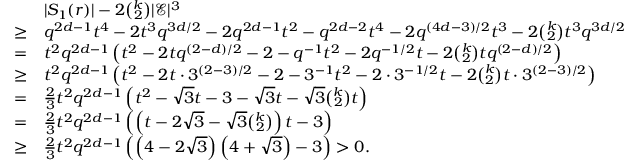
\begin{array} { r l } & { | S _ { 1 } ( r ) | - 2 { \binom { k } { 2 } } | \mathcal { E } | ^ { 3 } } \\ { \geq } & { q ^ { 2 d - 1 } t ^ { 4 } - 2 t ^ { 3 } q ^ { 3 d / 2 } - 2 q ^ { 2 d - 1 } t ^ { 2 } - q ^ { 2 d - 2 } t ^ { 4 } - 2 q ^ { ( 4 d - 3 ) / 2 } t ^ { 3 } - 2 { \binom { k } { 2 } } t ^ { 3 } q ^ { 3 d / 2 } } \\ { = } & { t ^ { 2 } q ^ { 2 d - 1 } \left( t ^ { 2 } - 2 t q ^ { ( 2 - d ) / 2 } - 2 - q ^ { - 1 } t ^ { 2 } - 2 q ^ { - 1 / 2 } t - 2 { \binom { k } { 2 } } t q ^ { ( 2 - d ) / 2 } \right) } \\ { \geq } & { t ^ { 2 } q ^ { 2 d - 1 } \left( t ^ { 2 } - 2 t \cdot 3 ^ { ( 2 - 3 ) / 2 } - 2 - 3 ^ { - 1 } t ^ { 2 } - 2 \cdot 3 ^ { - 1 / 2 } t - 2 { \binom { k } { 2 } } t \cdot 3 ^ { ( 2 - 3 ) / 2 } \right) } \\ { = } & { \frac { 2 } { 3 } t ^ { 2 } q ^ { 2 d - 1 } \left( t ^ { 2 } - \sqrt 3 t - 3 - \sqrt 3 t - \sqrt 3 { \binom { k } { 2 } } t \right) } \\ { = } & { \frac { 2 } { 3 } t ^ { 2 } q ^ { 2 d - 1 } \left( \left( t - 2 \sqrt 3 - \sqrt 3 { \binom { k } { 2 } } \right) t - 3 \right) } \\ { \geq } & { \frac { 2 } { 3 } t ^ { 2 } q ^ { 2 d - 1 } \left( \left( 4 - 2 \sqrt 3 \right) \left( 4 + \sqrt 3 \right) - 3 \right) > 0 . } \end{array}